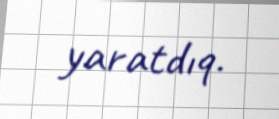
yaratdıq.